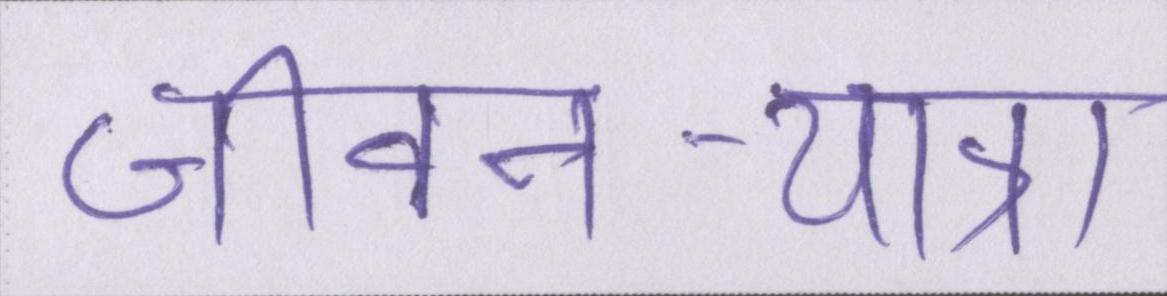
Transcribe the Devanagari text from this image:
जीवन-यात्रा